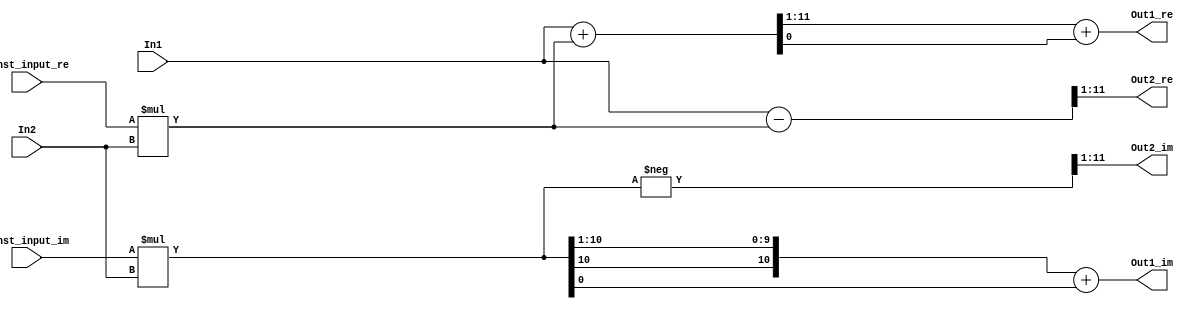
// -------------------------------------------------------------
// 
// 
// Generated by MATLAB 9.4 and HDL Coder 3.12
// 
// -------------------------------------------------------------


// -------------------------------------------------------------
// 
// Module: ThirdStageB_10
// Source Path: FFTscheme2/FFTv2/Butterflies/128 input 3 step /ThirdStageB 10
// Hierarchy Level: 3
// 
// -------------------------------------------------------------

`timescale 1 ns / 1 ns

module ThirdStageB_10
          (In1,
           In2,
           Const_input_re,
           Const_input_im,
           Out1_re,
           Out1_im,
           Out2_re,
           Out2_im);


  input   signed [10:0] In1;  // sfix11_En4
  input   signed [10:0] In2;  // sfix11_En4
  input   signed [1:0] Const_input_re;  // sfix2
  input   signed [1:0] Const_input_im;  // sfix2
  output  signed [10:0] Out1_re;  // sfix11_En3
  output  signed [10:0] Out1_im;  // sfix11_En3
  output  signed [10:0] Out2_re;  // sfix11_En3
  output  signed [10:0] Out2_im;  // sfix11_En3


  wire signed [12:0] Product_mul_temp;  // sfix13_En4
  wire signed [12:0] Product_mul_temp_1;  // sfix13_En4
  wire signed [10:0] Product_out1_re;  // sfix11_En4
  wire signed [10:0] Product_out1_im;  // sfix11_En4
  wire signed [11:0] Sum_add_cast;  // sfix12_En4
  wire signed [11:0] Sum_add_cast_1;  // sfix12_En4
  wire signed [11:0] Sum_add_temp;  // sfix12_En4
  wire signed [11:0] Sum_cast;  // sfix12_En4
  wire signed [10:0] Sum_out1_re;  // sfix11_En3
  wire signed [10:0] Sum_out1_im;  // sfix11_En3
  wire signed [11:0] Sum1_sub_cast;  // sfix12_En4
  wire signed [11:0] Sum1_sub_cast_1;  // sfix12_En4
  wire signed [11:0] Sum1_sub_temp;  // sfix12_En4
  wire signed [11:0] Sum1_cast;  // sfix12_En4
  wire signed [11:0] Sum1_cast_1;  // sfix12_En4
  wire signed [10:0] Sum1_out1_re;  // sfix11_En3
  wire signed [10:0] Sum1_out1_im;  // sfix11_En3


  assign Product_mul_temp = Const_input_re * In2;
  assign Product_out1_re = Product_mul_temp[10:0];
  assign Product_mul_temp_1 = Const_input_im * In2;
  assign Product_out1_im = Product_mul_temp_1[10:0];



  assign Sum_add_cast = {In1[10], In1};
  assign Sum_add_cast_1 = {Product_out1_re[10], Product_out1_re};
  assign Sum_add_temp = Sum_add_cast + Sum_add_cast_1;
  assign Sum_out1_re = Sum_add_temp[11:1] + $signed({1'b0, Sum_add_temp[0]});
  assign Sum_cast = {Product_out1_im[10], Product_out1_im};
  assign Sum_out1_im = Sum_cast[11:1] + $signed({1'b0, Sum_cast[0]});



  assign Out1_re = Sum_out1_re;

  assign Out1_im = Sum_out1_im;

  assign Sum1_sub_cast = {In1[10], In1};
  assign Sum1_sub_cast_1 = {Product_out1_re[10], Product_out1_re};
  assign Sum1_sub_temp = Sum1_sub_cast - Sum1_sub_cast_1;
  assign Sum1_out1_re = Sum1_sub_temp[11:1];
  assign Sum1_cast = {Product_out1_im[10], Product_out1_im};
  assign Sum1_cast_1 =  - (Sum1_cast);
  assign Sum1_out1_im = Sum1_cast_1[11:1];



  assign Out2_re = Sum1_out1_re;

  assign Out2_im = Sum1_out1_im;

endmodule  // ThirdStageB_10